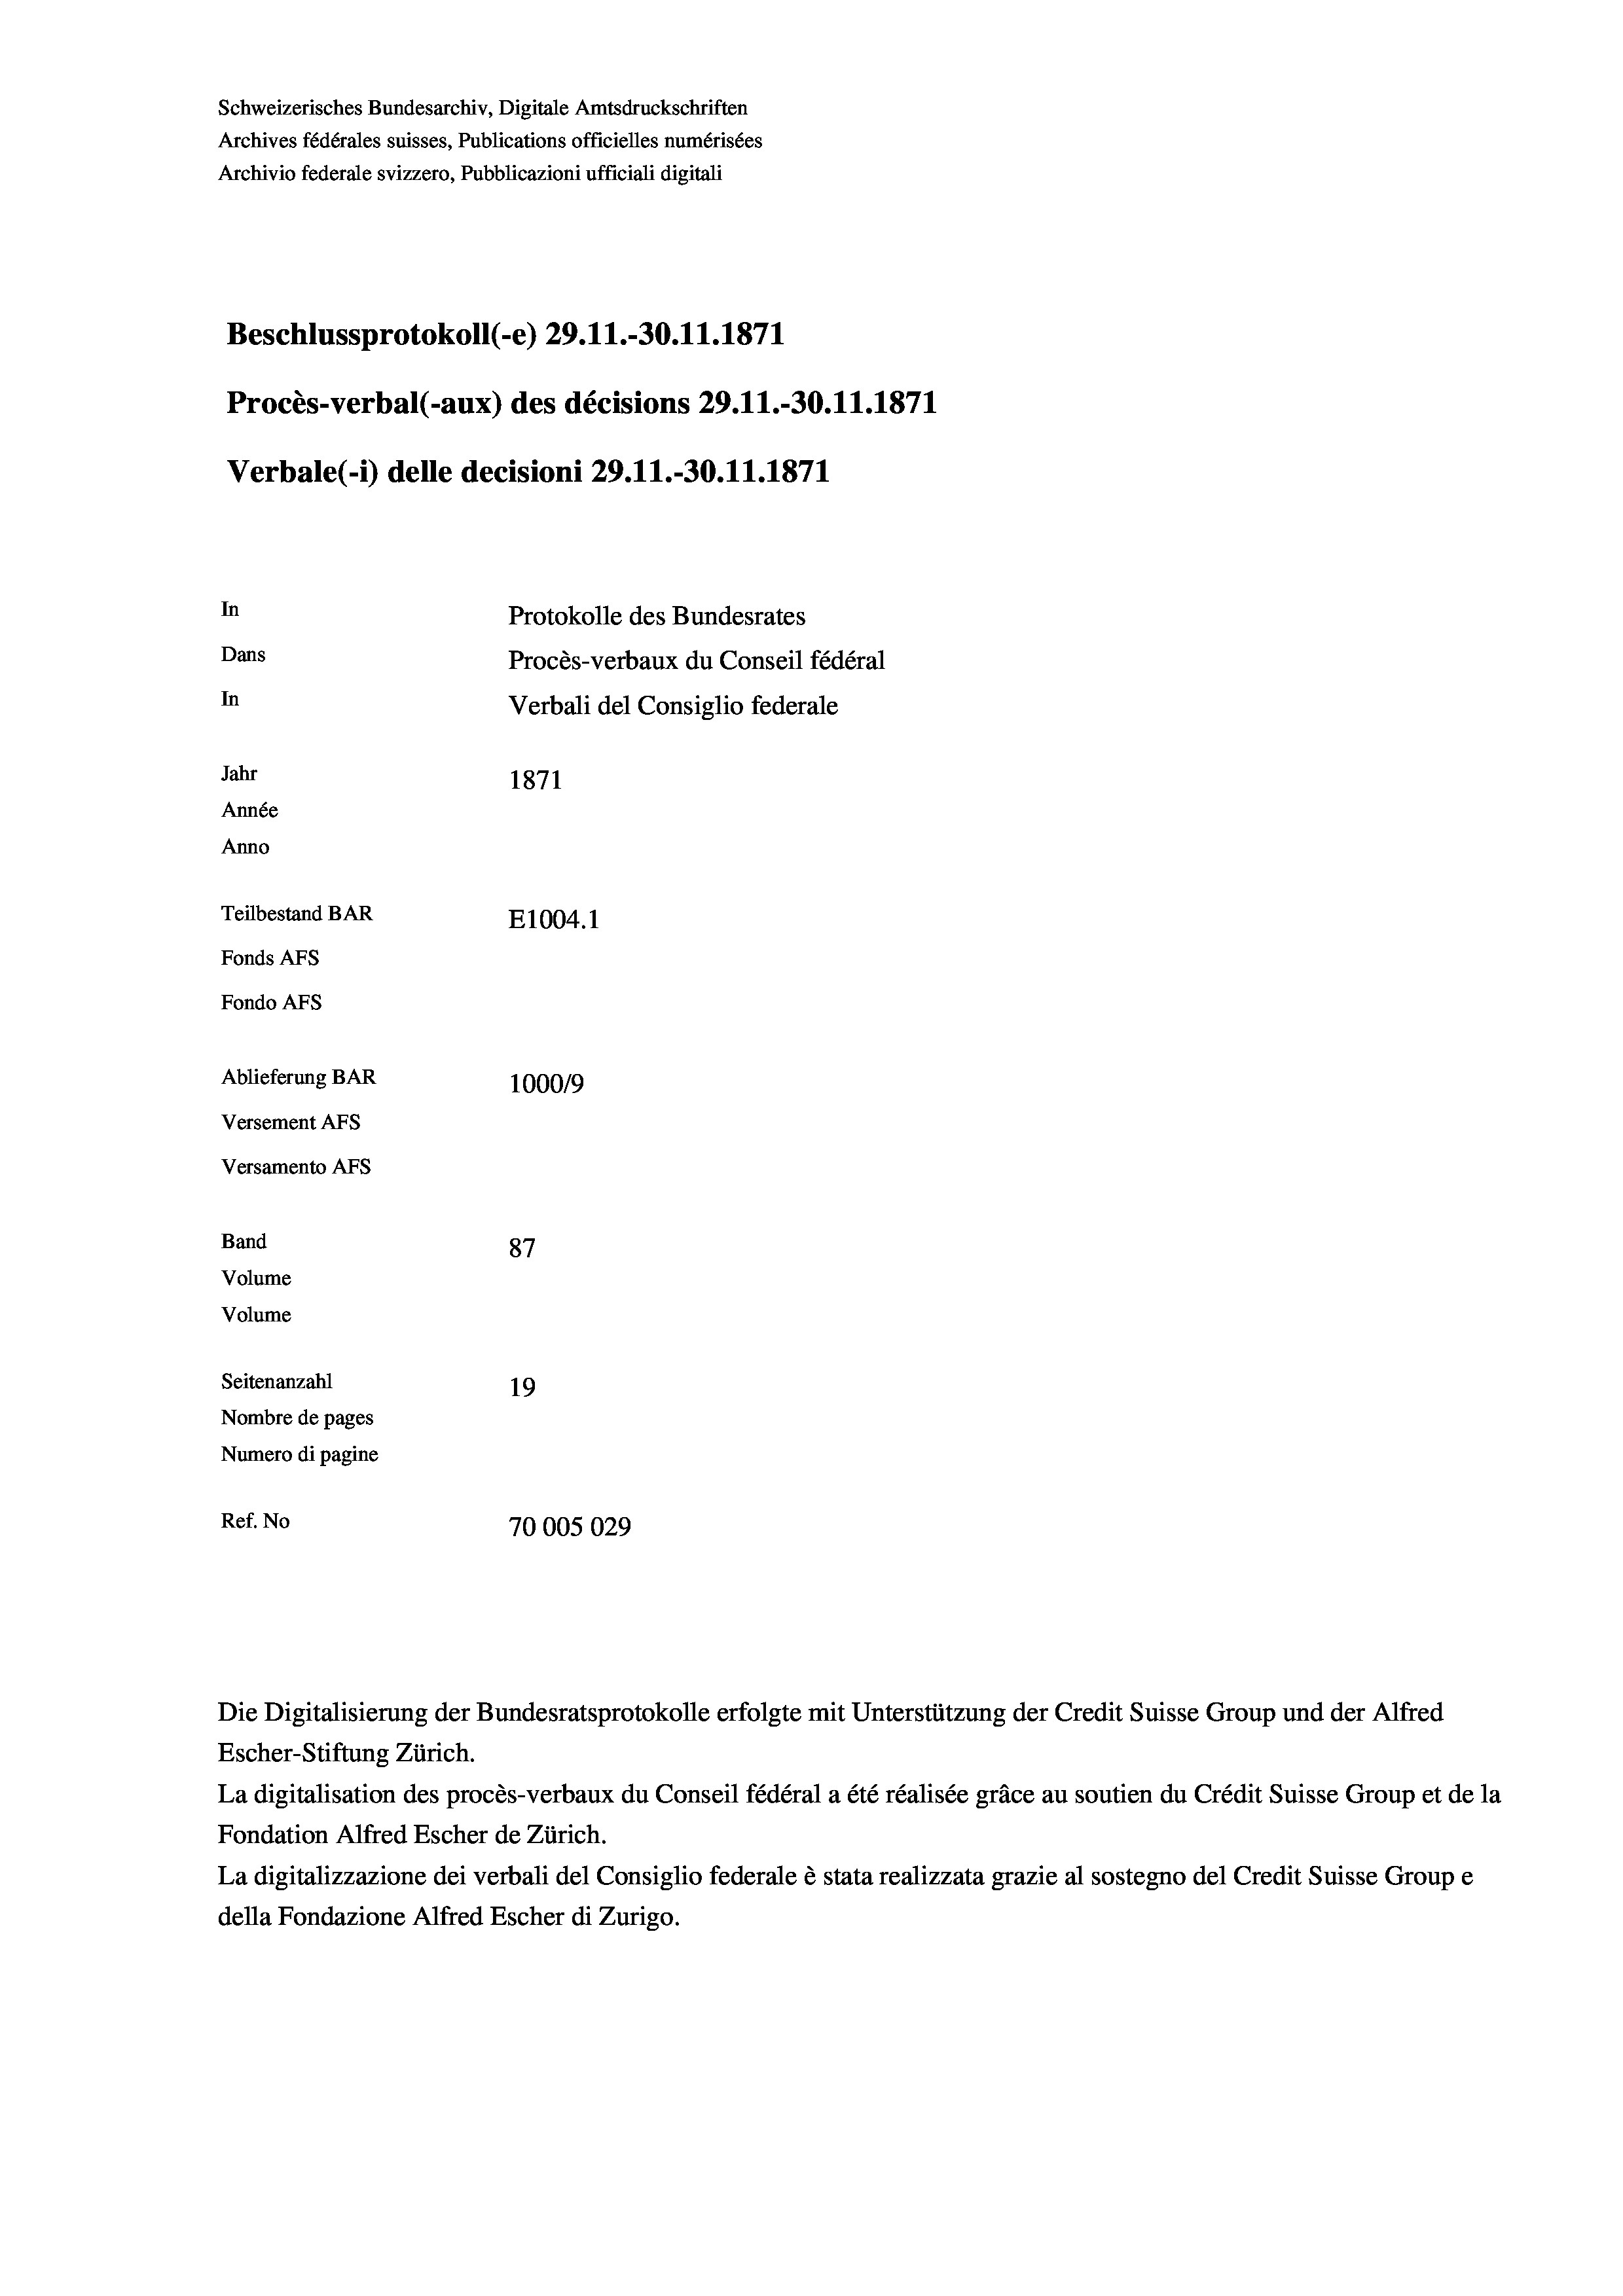
Schweizerisches Bundesarchiv, Digitale Amtsdruckschriften
Archives fédérales suisses, Publications officielles numérisées
Archivio federale svizzero, Pubblicazioni ufficiali digitali
Beschlussprotokoll (-e) 29.11.-30.11.1871
Procès-verbal (-aux) des décisions 29.11.-30.11.1871
Verbale (- 1) delle decisioni 29.11.-30.11.1871
In
Protokolle des Bundesrates
Dans
Procès-verbaux du Conseil fédéral
In
Verbali del Consiglio federale
Jahr
1871
Année
Anno
Teilbestand BAR
E1004.1
Fonds AFs
Fondo AFs
Ablieferung BAR
100019
Versement AFs
Versamento AFs
Band
87
Volume
Volume
Seitenanzahl
19
Nombre de pages
Numero di pagine
Ref. No
70005029

Die Digitalisierung der Bundesratsprotokolle erfolgte mit Unterstützung der Credit Suisse Group und der Alfred
Escher-Stiftung Zürich.
La digitalisation des procès-verbaux du Conseil fédéral a été réalisée gräce au soutien du Crédit Suisse Group et de la
Fondation Alfred Escher de Zürich.
La digitalizzazione dei verbali del Consiglio federale è stata realizzata grazie al sostegno del Credit Suisse Groupe
della Fondazione Alfred Escher di Zurigo.